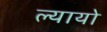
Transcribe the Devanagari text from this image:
ल्यायो